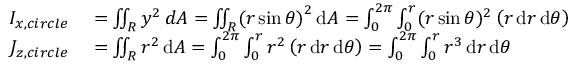
\begin{array} { r l } { I _ { x , c i r c l e } } & { { } = \iint _ { R } y ^ { 2 } \, d A = \iint _ { R } ( r \sin { \theta ) } ^ { 2 } \, \mathrm { d } A = \int _ { 0 } ^ { 2 \pi } \int _ { 0 } ^ { r } ( r \sin { \theta } ) ^ { 2 } \left( r \, \mathrm { d } r \, \mathrm { d } \theta \right) } \\ { J _ { z , c i r c l e } } & { { } = \iint _ { R } r ^ { 2 } \, \mathrm { d } A = \int _ { 0 } ^ { 2 \pi } \int _ { 0 } ^ { r } r ^ { 2 } \left( r \, \mathrm { d } r \, \mathrm { d } \theta \right) = \int _ { 0 } ^ { 2 \pi } \int _ { 0 } ^ { r } r ^ { 3 } \, \mathrm { d } r \, \mathrm { d } \theta } \end{array}